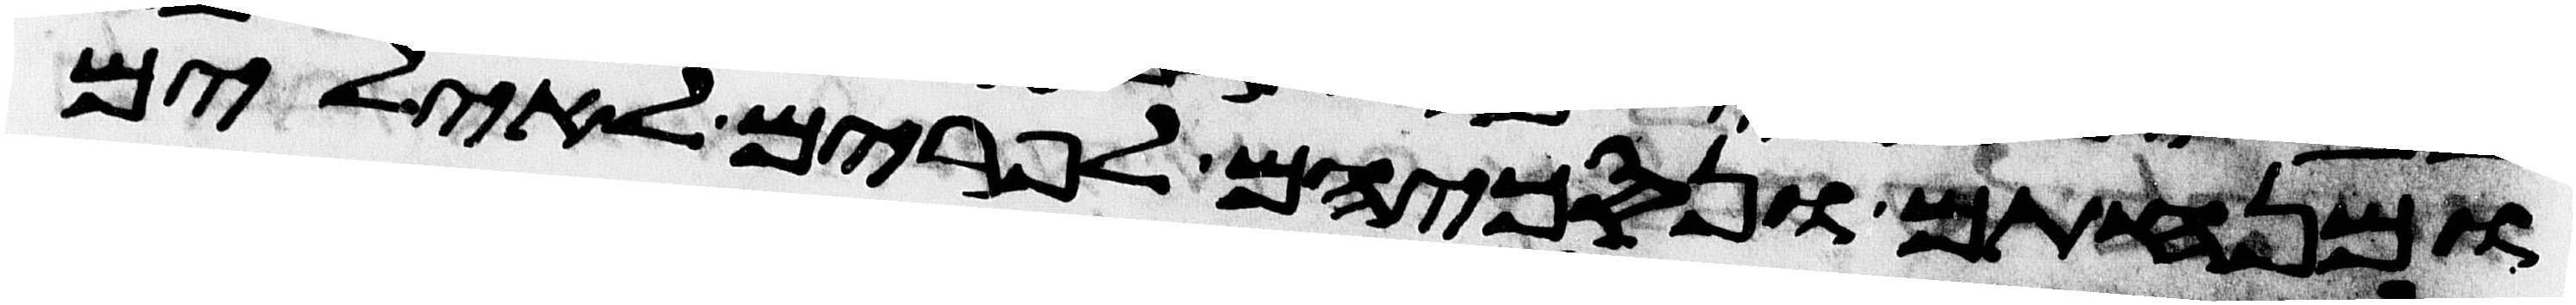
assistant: ומנחתם ונסכיהם לפרים לאילים